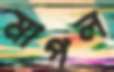
মাপল